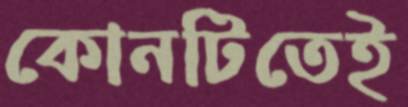
কোনটিতেই